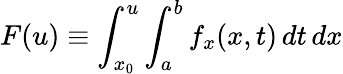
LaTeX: F(u)\equiv\int_{x_{0}}^{u}\int_{a}^{b}f_{x}(x,t)\, dt\, dx